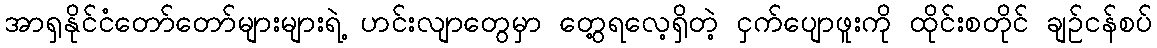
အာရှနိုင်ငံတော်တော်များများရဲ့ ဟင်းလျာတွေမှာ တွေ့ရလေ့ရှိတဲ့ ငှက်ပျောဖူးကို ထိုင်းစတိုင် ချဉ်ငန်စပ်